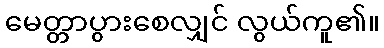
မေတ္တာပွားစေလျှင် လွယ်ကူ၏။